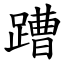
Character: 蹧